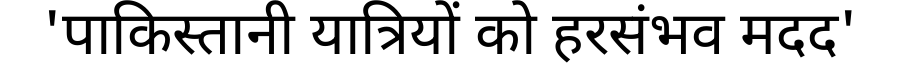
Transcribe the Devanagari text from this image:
'पाकिस्तानी यात्रियों को हरसंभव मदद'